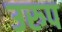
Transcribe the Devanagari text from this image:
उरुप